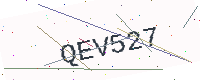
Text: QEV527